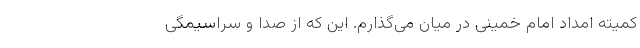
کمیته امداد امام خمینی در میان می‌گذارم. این که از صدا و سراسیمگی